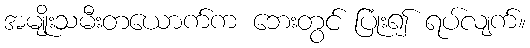
အမျိုးသမီးတယောက်က ဘေးတွင် ပြုံး၍ ရပ်လျက်။